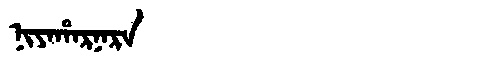
Manchu: ᠨᡳᠶᠠᡥᠠᡵᠨᠠᡵᠠ
Romanization: NIYAHARNARA